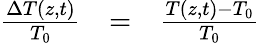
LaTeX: \begin{array}{ccl}{\frac{\Delta T(z,t)}{T_{0}}}&{=}&{\frac{T(z,t)-T_{0}}{T_{0}}}\end{array}